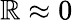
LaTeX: \mathbb{R}\approx0